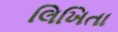
લિખિતા